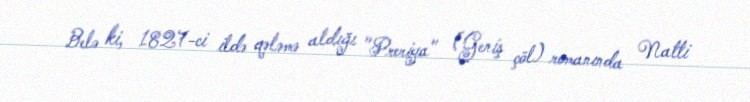
Belə ki, 1827-ci ildə qələmə aldığı "Preriya" (Geniş çöl) romanında Natti